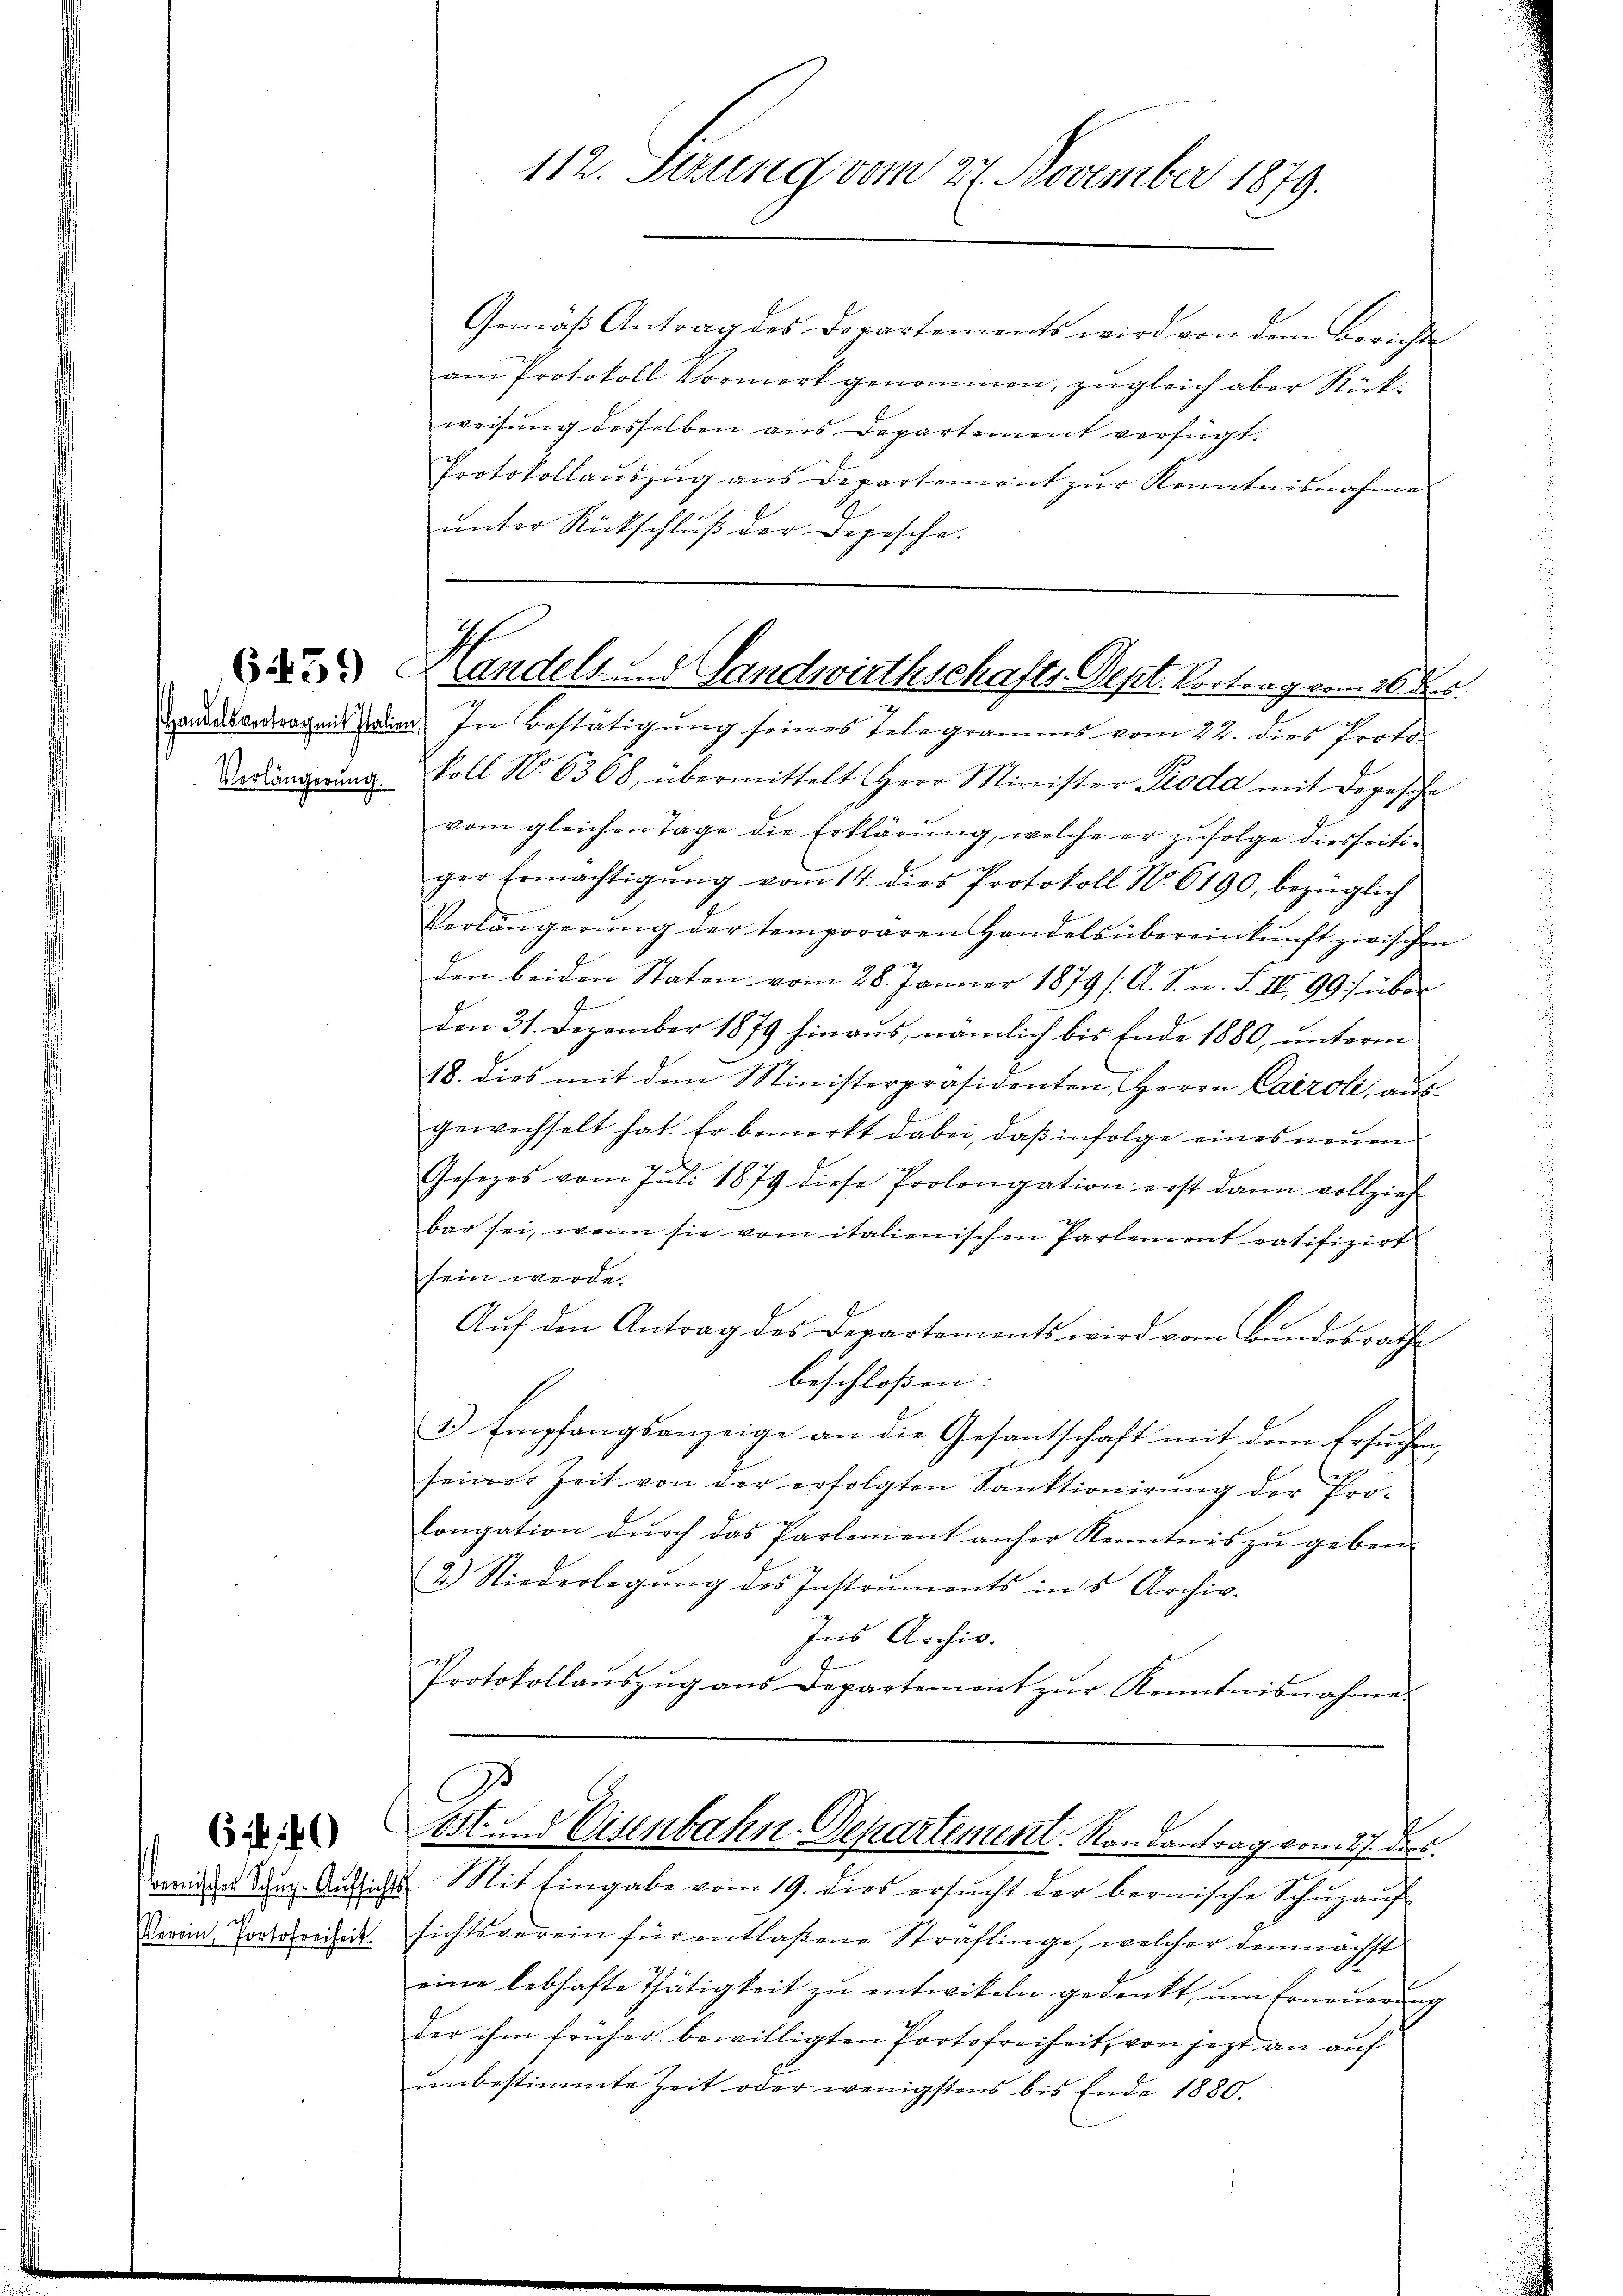
Verlängerung.

61140

Verein, Portofreiheit.

112. Setzung vom 27. November 1879.

Gemäß Antrag des Departements wird von dem Berichte
am Protokoll Vormerk genommen, zugleich aber Rückweisung desselben aus Departement verfügt.
Protokollauszug aus Departement zur Kenntnisnahme
unter Rückschluß der Depesche.

: Handels und Landwirthschafts-Dept. Vortrag vom 26. d.
aus dergens seien. In Bestätigung seines Telegramms vom 22. dies Proto¬

C
Lost und Eisenbahn-Departement Randantrag vom 27. dies

meindert Tag. Aufsichts. Mit Eingabe vom 19. dies ersŭcht der bernische Schŭzaŭf
sichtsverein für entlaßene Straflinge, welcher demnächst
eine lebhafte Thätigkeit zu entwikeln gedenkt, um Erneuerung
der ihm früher bewilligten Portofreiheit, von jezt an auf
ŭnbestimmte Zeit oder wenigstens bis Ende 1880.

koll No 6368, übermittelt Herr Minister Pioda mit Depesche
vom gleichen Tage die Erklärung, welche er zufolge diesseitiger Ermächtigŭng vom 14. dies Protokoll No. 6190, bezüglich
Verlängerŭng der temporären Handels übereinkunft zwischen
den beiden Staton vom 28. Jänner 1879 (A. S. u. S. III 99) über
f
den 31. Dezember 1879 hinaŭs, nämlich bis Ende 1880, ŭnterm
18. dies mit den Ministerpräsidenten, Herrn Caroli, aŭs
gewechselt hat. Er bemerkt dabei, daß infolge eines neuen
Gesetzes vom Juli 1879 diese Prolongation erst dann vollzieh
bar sei, wenn sie vom italienischen Partement ratifizirt
sein werde.
Auf den Antrag des Departements wird vom Bundesrathe
beschloßen:
1.) Empfangsanzeige an die Gesantschaft mit dem Ersuchten,
seiner Zeit von der erfolgten Sanktionirŭng der Pro-
longation durch das Partement anher Kenntnis zu geben
2.) Niederlegŭng des Instruments in's Archiv.
Ins Archiv.
Protokollaŭszŭg aŭs Departement zŭr Kenntnisnahme